Annual report of the Punjab Veterinary College and of the Civil Veterinary Department, Punjab - 1920-1925
Year: 1920
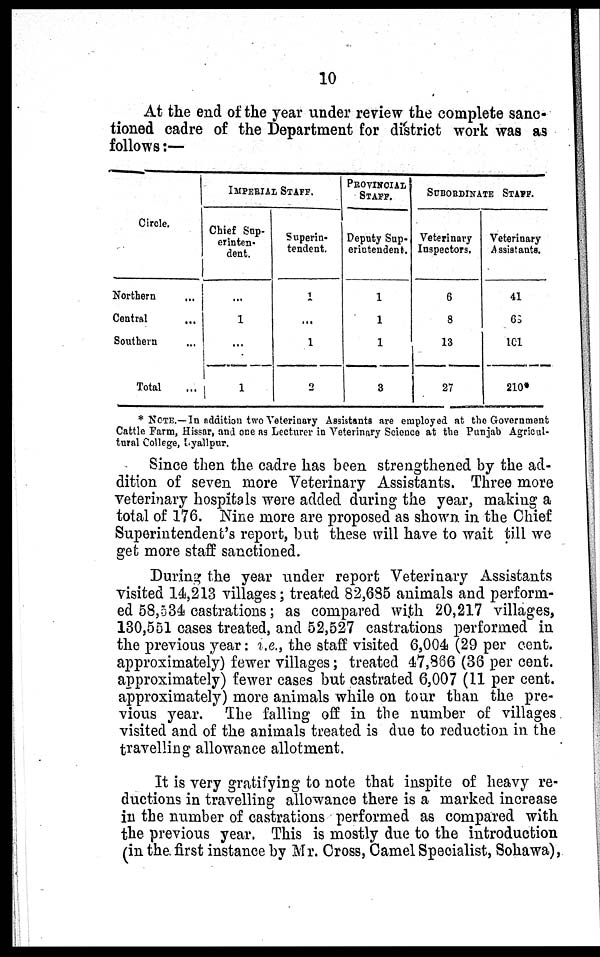
10
At the end of the year under review the complete sanc-
tioned cadre of the Department for district work was as
follows:—
Circle.
Northern ...
Central ...
Southern ...
Total ...
IMPERIAL STAFF.
Chief Sup-
erinten-
dent.
...
1
...
1
Superin-
tendent.
1
...
1
2
PROVINCIAL
STAFF.
Deputy Sup-
erintendent.
1
1
1
3
SUBORDINATE STAFF.
Veterinary
Inspectors.
6
8
13
27
Veterinary
Assistants.
41
68
101
210*
* NOTE.—In addition two Veterinary Assistants are employed at the Government
Cattle Farm, Hissar, and one as Lecturer in Veterinary Science at the Punjab Agricul-
tural College, Lyallpur.
Since then the cadre has been strengthened by the ad-
dition of seven more Veterinary Assistants. Three more
veterinary hospitals were added during the year, making a
total of 176. Nine more are proposed as shown in the Chief
Superintendent's report, but these will have to wait till we
get more staff sanctioned.
During the year under report Veterinary Assistants
visited 14,213 villages; treated 82,635 animals and perform-
ed 58,534 castrations; as compared with 20,217 villages,
130,551 cases treated, and 52,527 castrations performed in
the previous year: i.e., the staff visited 6,004 (29 per cent.
approximately) fewer villages; treated 47,886 (36 per cent.
approximately) fewer cases but castrated 6,007 (11 per cent.
approximately) more animals while on tour than the pre-
vious year. The falling off in the number of villages
visited and of the animals treated is due to reduction in the
travelling allowance allotment.
It is very gratifying to note that inspite of heavy re-
ductions in travelling allowance there is a marked increase
in the number of castrations performed as compared with
the previous year. This is mostly due to the introduction
(in the first instance by Mr. Cross, Camel Specialist, Sohawa),